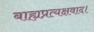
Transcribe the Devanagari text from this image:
बाह्यप्रत्यक्षवाद।